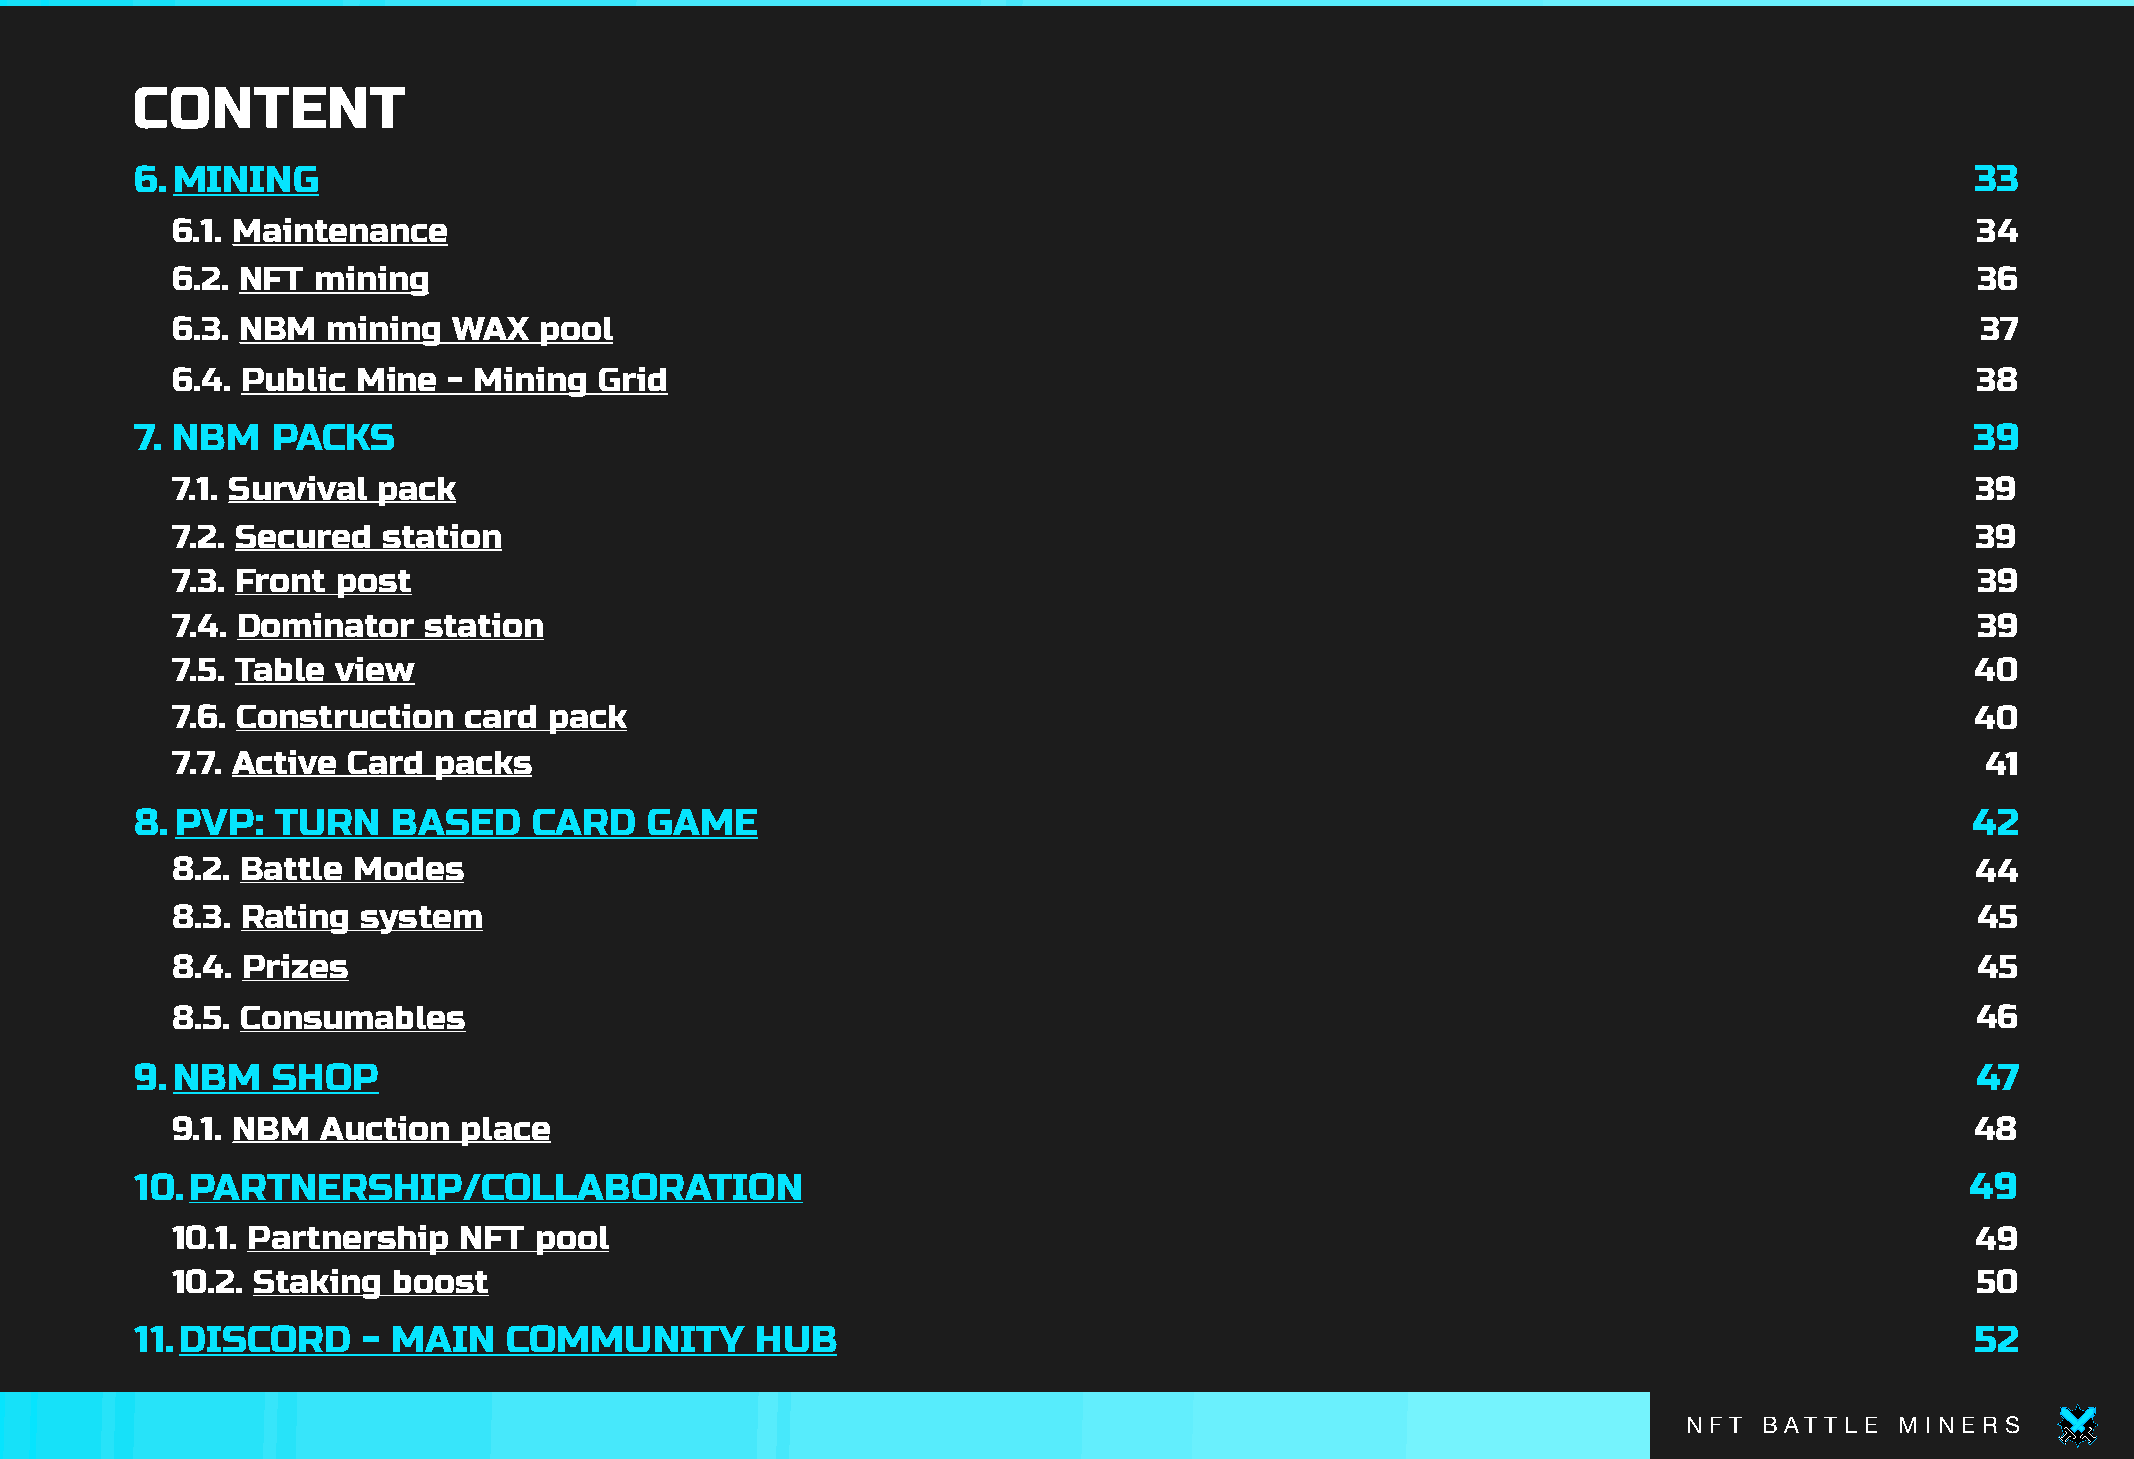
CONTENT
 6.MINING                                                                                                                  33
 6.1. Maintenance                                                                                                        34
 6.2. NFT  mining                                                                                                        36
 6.3. NBM   mining  WAX   pool                                                                                           37
 6.4. Public  Mine  - Mining  Grid                                                                                       38
 7. NBM   PACKS                                                                                                            39
 7.1. Survival pack                                                                                                      39
 7.2. Secured  station                                                                                                   39
 7.3. Front post                                                                                                         39
 7.4. Dominator   station                                                                                                39
 7.5. Table view                                                                                                         40
 7.6. Construction   card pack                                                                                           40
 7.7. Active Card  packs                                                                                                 41
 8.PVP:   TURN    BASED    CARD    GAME                                                                                   42
 8.2. Battle Modes                                                                                                       44
 8.3. Rating  system                                                                                                     45
 8.4. Prizes                                                                                                             45
 8.5. Consumables                                                                                                        46
 9.NBM    SHOP                                                                                                             47
 9.1. NBM  Auction  place                                                                                                48
 10.PARTNERSHIP/COLLABORATION                                                                                             49
 10.1. Partnership  NFT  pool                                                                                            49
 10.2. Staking  boost                                                                                                    50
 11.DISCORD     - MAIN    COMMUNITY       HUB                                                                              52
 N F T B AT T L E M I N E R S